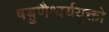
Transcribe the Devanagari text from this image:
षड्गुणैश्वर्ययुक्तो